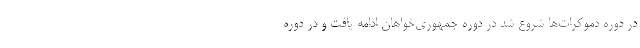
در دوره دموکرات‌ها شروع شد در دوره جمهوری‌خواهان ادامه یافت و در دوره